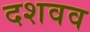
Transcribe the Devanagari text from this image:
दशवव